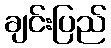
ချင်းပြည်